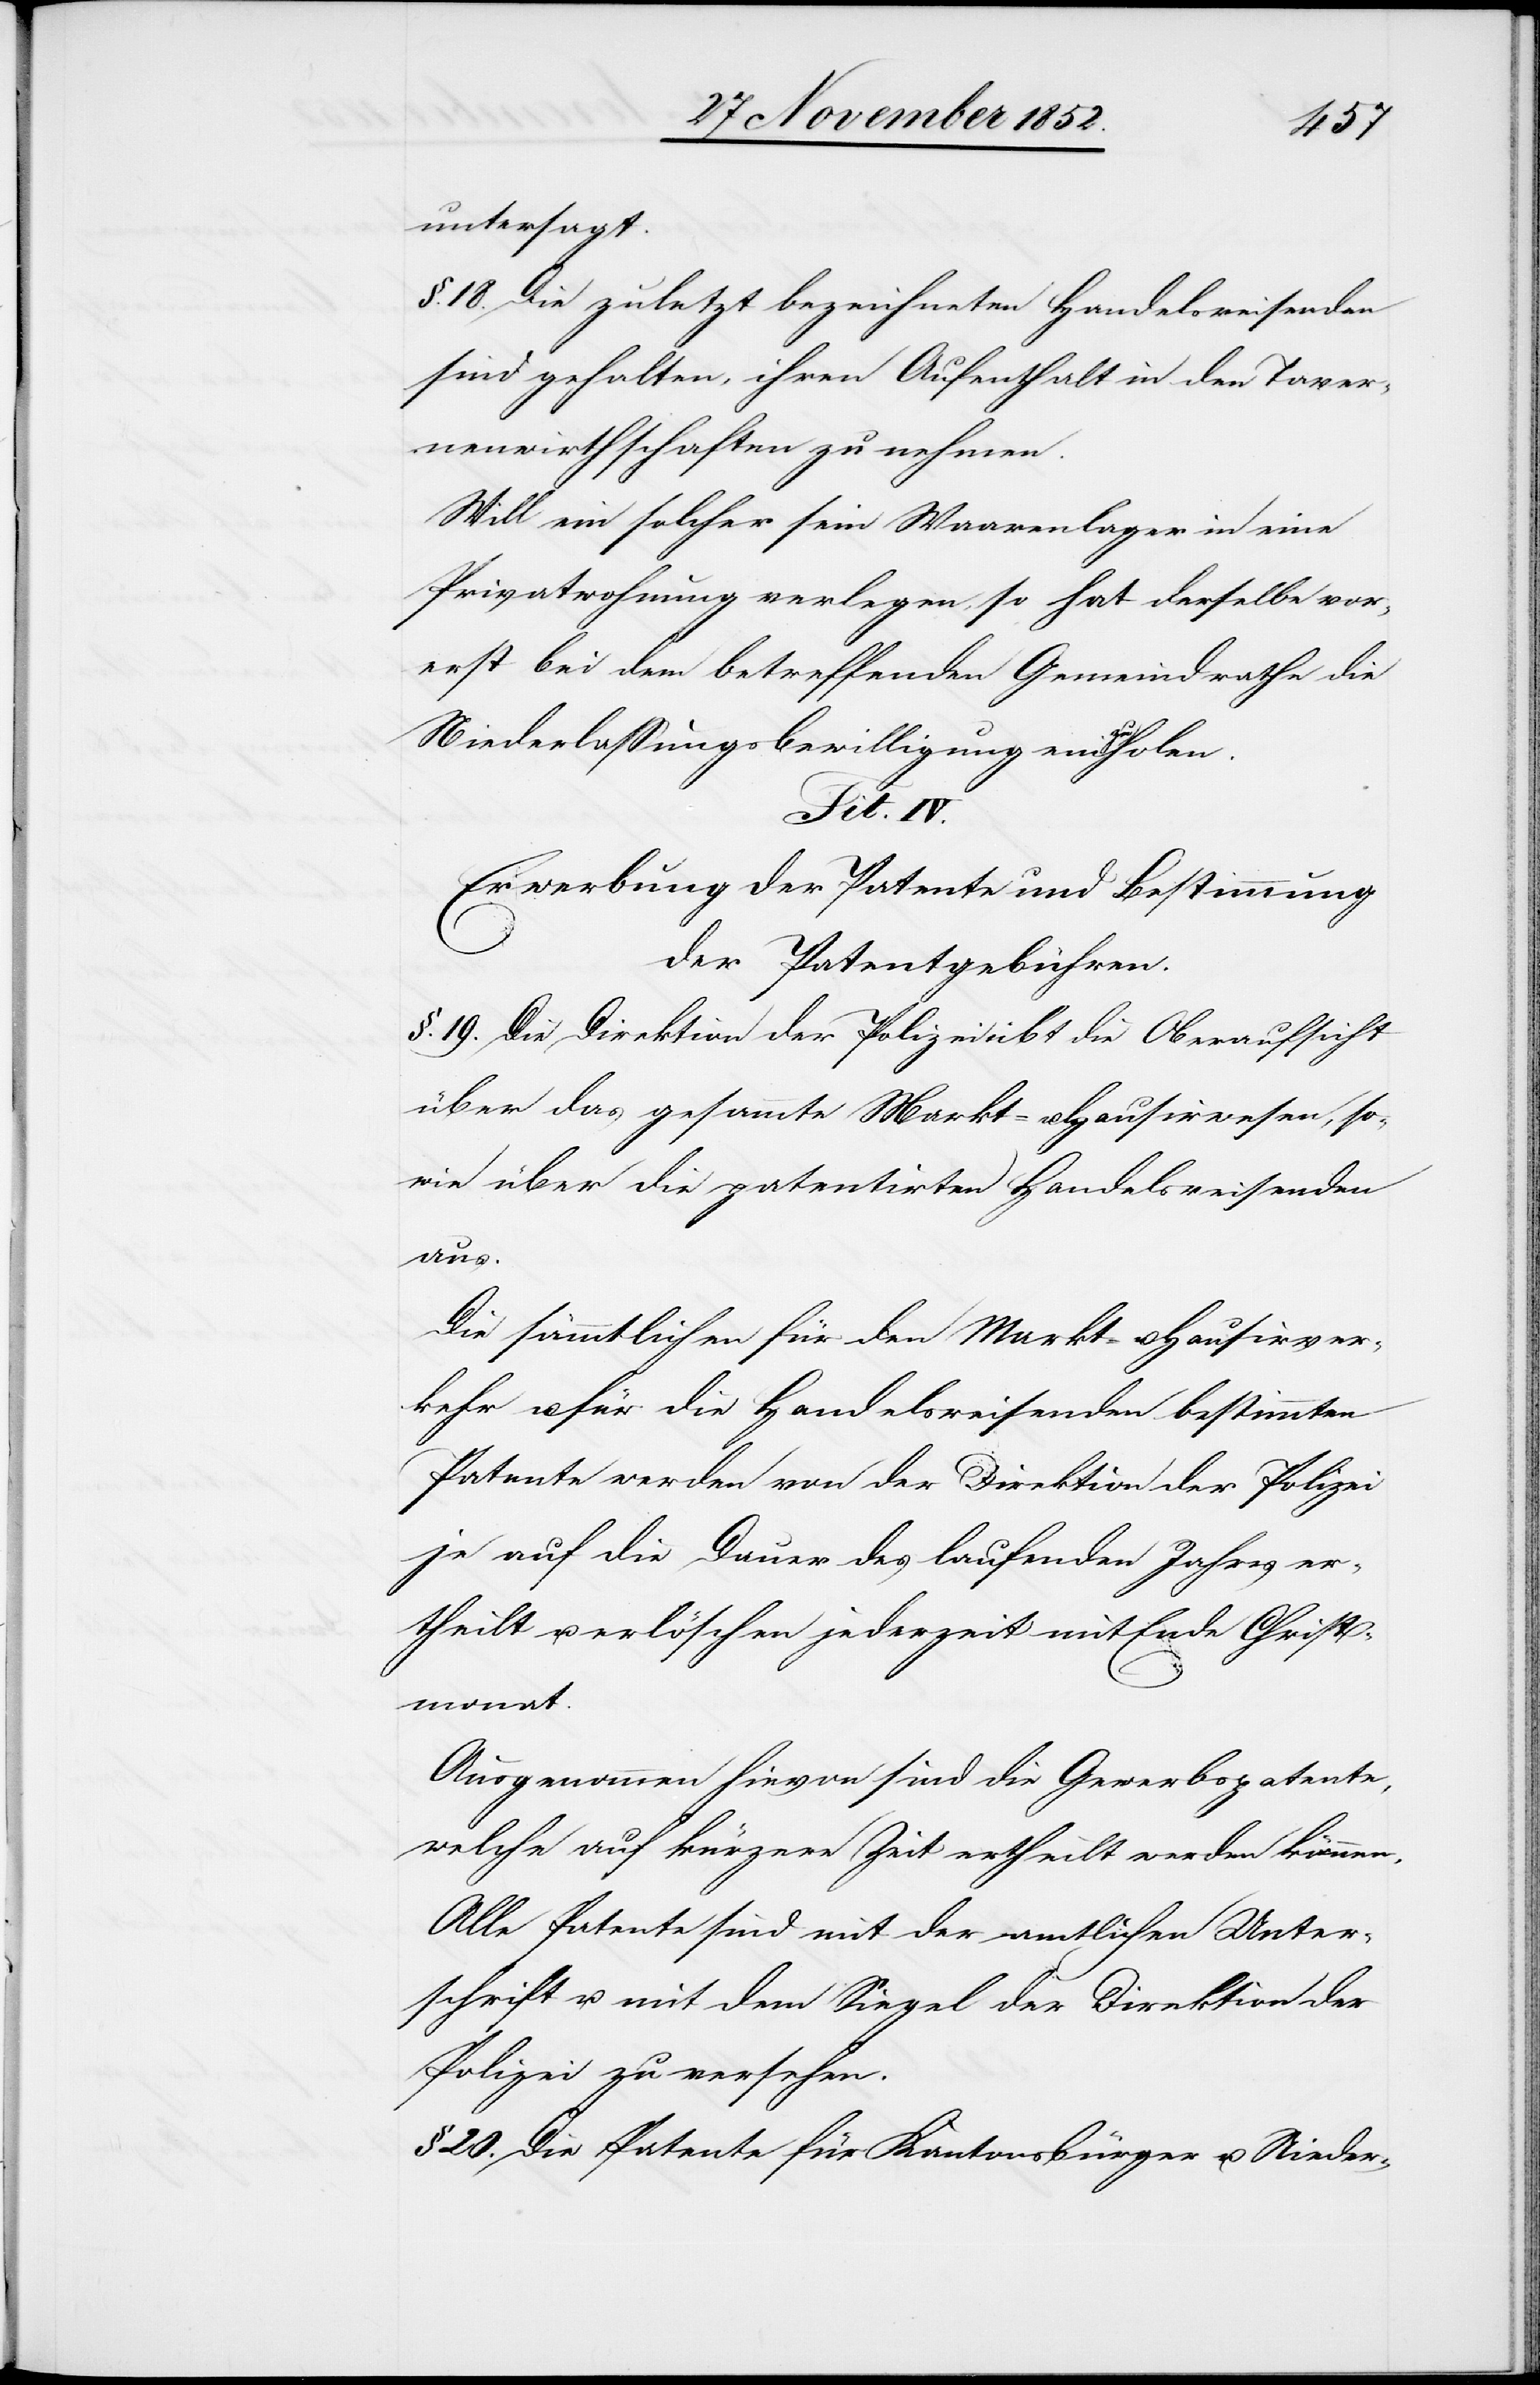
untersagt.
§. 18. Die zuletzt bezeichneten Handelsreisenden
sind gehalten, ihren Aufenthalt in den Taver¬
nenwirthschaften zu nehmen.
Will ein solcher sein Waarenlager in eine
Privatwohnung verlegen, so hat derselbe vor¬
erst bei dem betreffenden Gemeindrathe die
Niederlassungsbewilligung einzuholen.
Tit. IV.
Erwerbung der Patente und Bestimmung
der Patentgebühren.
§. 19. Die Direktion der Polizei übt die Oberaufsicht
über das gesammte Markt- u. Hausirwesen, so¬
wie über die patentirten Handelsreisenden
aus.
Die sämmtlichen für den Markt- u. Hausirver¬
kehr u. für die Handelsreisenden bestimmten
Patente werden von der Direktion der Polizei
je auf die Dauer des laufenden Jahres er¬
theilt u. erlöschen jederzeit mit Ende Christ¬
monat.
Ausgenommen hievon sind die Gewerbspatente,
welche auf kürzere Zeit ertheilt werden können.
Alle Patente sind mit der amtlichen Unter¬
schrift u. mit dem Siegel der Direktion der
Polizei zu versehen.
§ 20. Die Patente für Kantonsbürger u. Nieder-